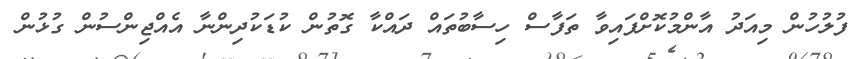
ފުލުހުން މިއަދު އާންމުކޮށްފައިވާ ތަފާސް ހިސާބުތައް ދައްކާ ގޮތުން ކުޑަކުދިންނާ އެއްޖިންސުން ގުޅުން